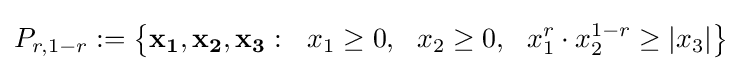
P_{r,1-r}:=\left\{\mathbf {x_{1},x_{2},x_{3}} :~~x_{1}\geq 0,~~x_{2}\geq 0,~~x_{1}^{r}\cdot x_{2}^{1-r}\geq |x_{3}|\right\}